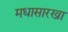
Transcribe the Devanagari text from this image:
मधासारखा